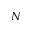
N